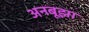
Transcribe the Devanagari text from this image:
अनबूझा